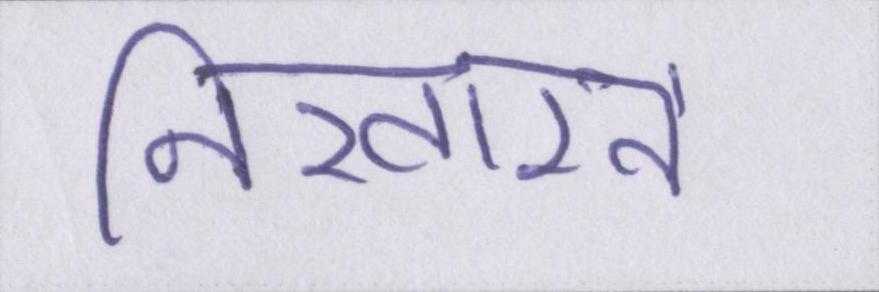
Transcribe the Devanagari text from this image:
निखारने